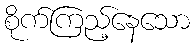
စိုက်ကြည့်နေသော